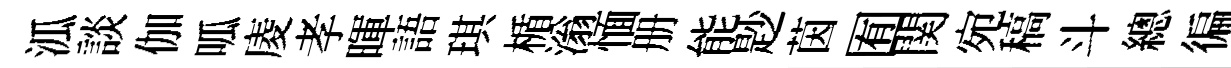
泒談伽呱庱孝暉語琪楯滃愐册能尟茵囿関宛稿斗總徧